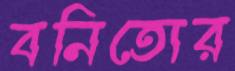
বনিতোর